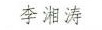
李湘涛